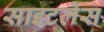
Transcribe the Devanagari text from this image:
साइटलेस